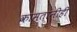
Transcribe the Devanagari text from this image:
कामतांनीही